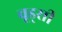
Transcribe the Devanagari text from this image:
वूड्सी